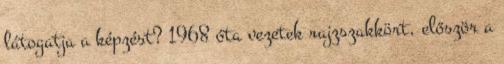
látogatja a képzést? 1968 óta vezetek rajzszakkört, először a